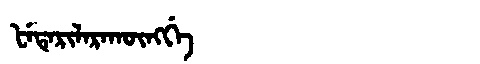
Manchu: ᡶᡝᡨᡝᡵᡳᠯᠠᡵᠠᡴᡡᠩᡤᡝ
Romanization: FETERILARAKŪNGGE